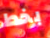
بخط